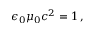
\epsilon _ { 0 } \mu _ { 0 } c ^ { 2 } = 1 \, ,